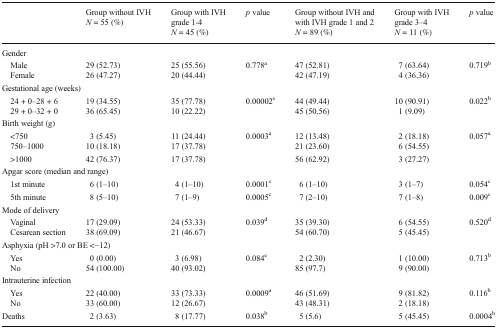
<table><thead><tr><td></td><td><b>Group without IVH<i>N</i> = 55 (%)</b></td><td><b>Group with IVH grade 1-4<i>N</i> = 45 (%)</b></td><td><b><i>p</i> value</b></td><td><b>Group without IVH and with IVH grade 1 and 2<i>N</i> = 89 (%)</b></td><td><b>Group with IVH grade 3–4<i>N</i> = 11 (%)</b></td><td><b><i>p</i> value</b></td></tr></thead><tbody><tr><td colspan="7">Gender</td></tr><tr><td> Male</td><td>29 (52.73)</td><td>25 (55.56)</td><td rowspan="2">0.778<sup>a</sup></td><td>47 (52.81)</td><td>7 (63.64)</td><td rowspan="2">0.719<sup>b</sup></td></tr><tr><td> Female</td><td>26 (47.27)</td><td>20 (44.44)</td><td>42 (47.19)</td><td>4 (36.36)</td></tr><tr><td colspan="7">Gestational age (weeks)</td></tr><tr><td> 24 + 0–28 + 6</td><td>19 (34.55)</td><td>35 (77.78)</td><td rowspan="2">0.00002<sup>s</sup></td><td>44 (49.44)</td><td>10 (90.91)</td><td rowspan="2">0.022<sup>b</sup></td></tr><tr><td> 29 + 0–32 + 0</td><td>36 (65.45)</td><td>10 (22.22)</td><td>45 (50.56)</td><td>1 (9.09)</td></tr><tr><td colspan="7">Birth weight (g)</td></tr><tr><td> &lt;750</td><td>3 (5.45)</td><td>11 (24.44)</td><td rowspan="3">0.0003<sup>a</sup></td><td>12 (13.48)</td><td>2 (18.18)</td><td rowspan="3">0.057<sup>a</sup></td></tr><tr><td> 750–1000</td><td>10 (18.18)</td><td>17 (37.78)</td><td>21 (23.60)</td><td>6 (54.55)</td></tr><tr><td> &gt;1000</td><td>42 (76.37)</td><td>17 (37.78)</td><td>56 (62.92)</td><td>3 (27.27)</td></tr><tr><td colspan="7">Apgar score (median and range)</td></tr><tr><td> 1st minute</td><td>6 (1–10)</td><td>4 (1–10)</td><td>0.0001<sup>c</sup></td><td>6 (1–10)</td><td>3 (1–7)</td><td>0.054<sup>c</sup></td></tr><tr><td> 5th minute</td><td>8 (5–10)</td><td>7 (1–9)</td><td>0.0005<sup>c</sup></td><td>7 (2–10)</td><td>7 (1–8)</td><td>0.009<sup>c</sup></td></tr><tr><td colspan="7">Mode of delivery</td></tr><tr><td> Vaginal</td><td>17 (29.09)</td><td>24 (53.33)</td><td rowspan="2">0.039<sup>d</sup></td><td>35 (39.30)</td><td>6 (54.55)</td><td rowspan="2">0.520<sup>d</sup></td></tr><tr><td> Cesarean section</td><td>38 (69.09)</td><td>21 (46.67)</td><td>54 (60.70)</td><td>5 (45.45)</td></tr><tr><td colspan="7">Asphyxia (pH &gt;7.0 or BE &lt;−12)</td></tr><tr><td> Yes</td><td>0 (0.00)</td><td>3 (6.98)</td><td rowspan="2">0.084<sup>e</sup></td><td>2 (2.30)</td><td>1 (10.00)</td><td rowspan="2">0.713<sup>b</sup></td></tr><tr><td> No</td><td>54 (100.00)</td><td>40 (93.02)</td><td>85 (97.7)</td><td>9 (90.00)</td></tr><tr><td colspan="7">Intrauterine infection</td></tr><tr><td> Yes</td><td>22 (40.00)</td><td>33 (73.33)</td><td rowspan="2">0.0009<sup>a</sup></td><td>46 (51.69)</td><td>9 (81.82)</td><td rowspan="2">0.116<sup>b</sup></td></tr><tr><td> No</td><td>33 (60.00)</td><td>12 (26.67)</td><td>43 (48.31)</td><td>2 (18.18)</td></tr><tr><td>Deaths</td><td>2 (3.63)</td><td>8 (17.77)</td><td>0.038<sup>b</sup></td><td>5 (5.6)</td><td>5 (45.45)</td><td>0.0004<sup>b</sup></td></tr></tbody></table>